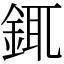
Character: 銸